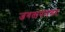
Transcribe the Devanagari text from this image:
जगतापनगर